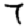
Digit: 7